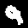
Digit: 9